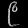
Digit: ၉